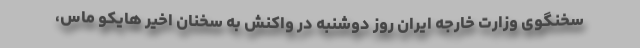
سخنگوی وزارت خارجه ایران روز دوشنبه در واکنش به سخنان اخیر هایکو ماس،